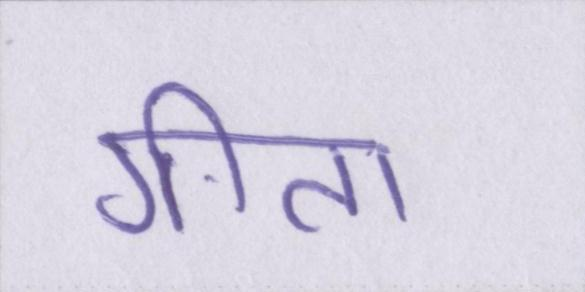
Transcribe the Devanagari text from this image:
गीता